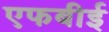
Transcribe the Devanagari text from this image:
एफबीई